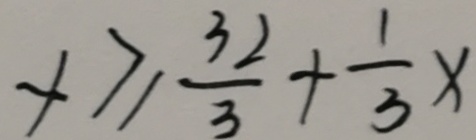
x \geq \frac { 3 2 } { 3 } + \frac { 1 } { 3 } x